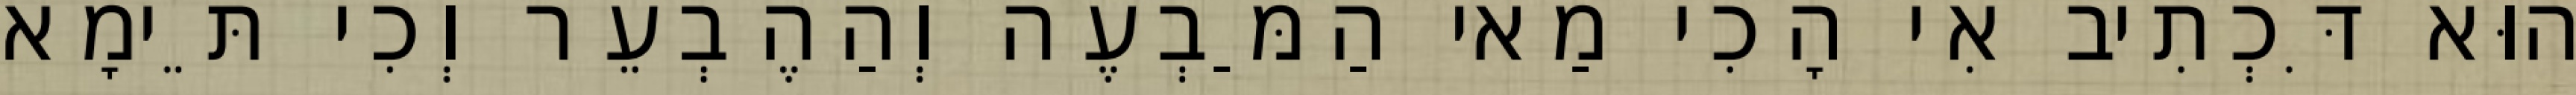
הוּא דִּכְתִיב אִי הָכִי מַאי הַמַּבְעֶה וְהַהֶבְעֵר וְכִי תֵּימָא